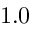
1 . 0